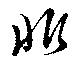
非